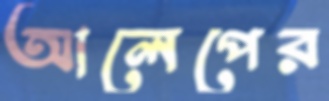
আলেপের